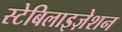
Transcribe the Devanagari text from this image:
स्टेबिलाइज़ेशन